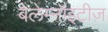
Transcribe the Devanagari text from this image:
बेलेम्नॉइटीज़